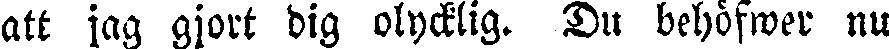
att jag gjort dig olycklig. Du behöfwer nu